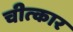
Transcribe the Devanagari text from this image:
चीत्‍कार